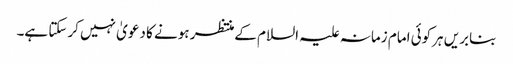
بنابریں ہرکوئی امام زمانہ علیہ السلام کےمنتظر ہونے کا دعویٰ نہیں کرسکتا ہے۔